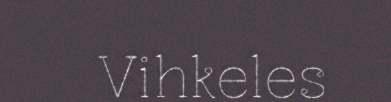
Vihkeles